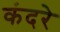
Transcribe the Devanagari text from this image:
कंदरे